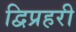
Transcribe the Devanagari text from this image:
द्विप्रहरी